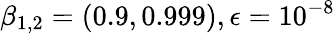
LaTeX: \beta_{1,2}=(0.9,0.999),\epsilon=10^{-8}